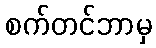
စက်တင်ဘာမှ